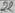
Text: 12